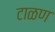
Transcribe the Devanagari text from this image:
टाळण